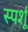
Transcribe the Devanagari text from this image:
स्पर्शू